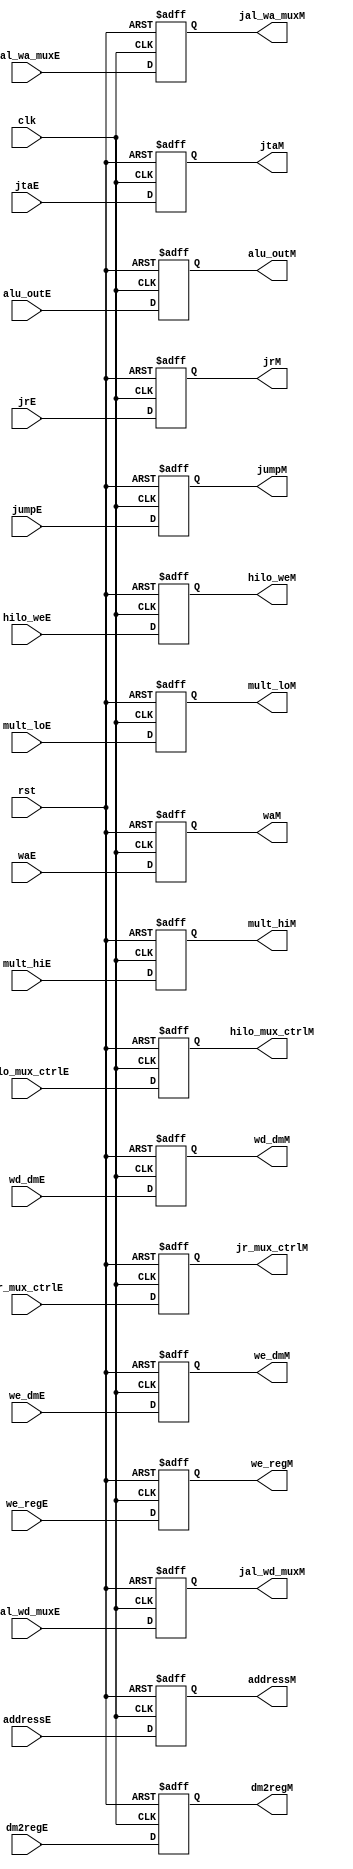
`timescale 1ns / 1ps
//////////////////////////////////////////////////////////////////////////////////
// Company: 
// Engineer: 
// 
// Design Name: 
// Module Name: M_Stage_Reg
// Project Name: 
// Target Devices: 
// Tool Versions: 
// Description: 
// 
// Dependencies: 
// 
// Revision:
// Revision 0.01 - File Created
// Additional Comments:
// 
//////////////////////////////////////////////////////////////////////////////////


module M_Stage_Reg(
    input        clk, rst,
    input        jr_mux_ctrlE,
    input        jumpE,
    input        hilo_weE,
    input [1:0]  hilo_mux_ctrlE,
    input        dm2regE,
    input        we_dmE,
    //input        branchE,
    input        we_regE,

    //input        zeroE,
    
    input [31:0] alu_outE,
    
    input [31:0] wd_dmE,
    
    input [31:0] mult_hiE,
    input [31:0] mult_loE,
    
    //input [31:0] btaE,
    
    input [31:0] jrE,
    input [4:0]  waE,
    input        jal_wa_muxE,
    input        jal_wd_muxE,
    
    input [31:0] addressE,
    input [31:0] jtaE,

    output reg        jr_mux_ctrlM,
    output reg        jumpM,
    output reg        hilo_weM,
    output reg [1:0]  hilo_mux_ctrlM,
    output reg        dm2regM,
    output reg        we_dmM,
    //output reg        branchM,
    output reg        we_regM,

    //output reg        zeroM,

    output reg [31:0] alu_outM,

    output reg [31:0] wd_dmM,

    output reg [31:0] mult_hiM,
    output reg [31:0] mult_loM,

    //output reg [31:0] btaM,

    output reg [31:0] jrM,
    output reg [4:0]  waM,
    output reg        jal_wa_muxM,
    output reg        jal_wd_muxM,
    output reg [31:0] addressM,
    output reg [31:0] jtaM
    );

always @ (negedge clk, posedge rst) begin
    if (rst) begin
        jr_mux_ctrlM   <= 0;
        jumpM          <= 0;
        hilo_weM       <= 0;
        hilo_mux_ctrlM <= 0;
        dm2regM        <= 0;
        we_dmM         <= 0;
        //branchM        <= 0;
        we_regM        <= 0;

        //zeroM          <= 0;

        alu_outM       <= 0;

        wd_dmM         <= 0;

        mult_hiM       <= 0;
        mult_loM       <= 0;

        //btaM           <= 0;

        jrM            <= 0;
        waM            <= 0;
        
        jal_wa_muxM    <= 0;
        jal_wd_muxM    <= 0;
        addressM       <= 0;
        jtaM           <= 0;
    end

    else begin
        jr_mux_ctrlM   <= jr_mux_ctrlE;
        jumpM          <= jumpE;
        hilo_weM       <= hilo_weE;
        hilo_mux_ctrlM <= hilo_mux_ctrlE;
        dm2regM        <= dm2regE;
        we_dmM         <= we_dmE;
        //branchM        <= branchE;
        we_regM        <= we_regE;

        //zeroM          <= zeroE;

        alu_outM       <= alu_outE;
        
        wd_dmM         <= wd_dmE;
        
        mult_hiM       <= mult_hiE;
        mult_loM       <= mult_loE;
        
        //btaM           <= btaE;
        
        jrM            <= jrE;
        waM            <= waE;
        
        jal_wa_muxM    <= jal_wa_muxE;
        jal_wd_muxM    <= jal_wd_muxE;
        addressM       <= addressE;
        jtaM           <= jtaE;
    end
end
endmodule